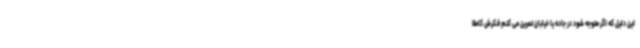
این دلیل که اگر متوجه شود در جاده یا خیابان تمرین می کنم فکرش کاملا